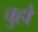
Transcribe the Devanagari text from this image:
चुहो